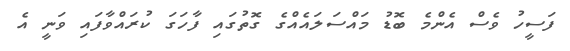
ފަސީހު ވެސް އެންމެ ބޮޑު މައްސަލައެއްގެ ގޮތުގައި ފާހަގަ ކުރައްވާފައި ވަނީ އެ